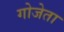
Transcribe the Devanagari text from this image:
गोजेता